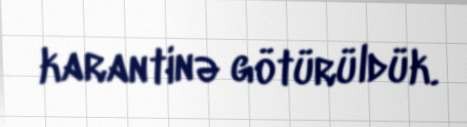
karantinə götürüldük.